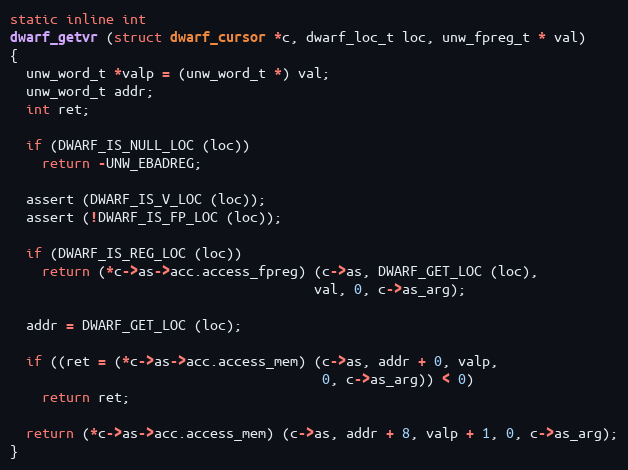
Language: C
static inline int
dwarf_getvr (struct dwarf_cursor *c, dwarf_loc_t loc, unw_fpreg_t * val)
{
  unw_word_t *valp = (unw_word_t *) val;
  unw_word_t addr;
  int ret;

  if (DWARF_IS_NULL_LOC (loc))
    return -UNW_EBADREG;

  assert (DWARF_IS_V_LOC (loc));
  assert (!DWARF_IS_FP_LOC (loc));

  if (DWARF_IS_REG_LOC (loc))
    return (*c->as->acc.access_fpreg) (c->as, DWARF_GET_LOC (loc),
                                      val, 0, c->as_arg);

  addr = DWARF_GET_LOC (loc);

  if ((ret = (*c->as->acc.access_mem) (c->as, addr + 0, valp,
                                       0, c->as_arg)) < 0)
    return ret;

  return (*c->as->acc.access_mem) (c->as, addr + 8, valp + 1, 0, c->as_arg);
}